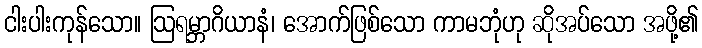
ငါးပါးကုန်သော။ ဩရမ္ဘာဂိယာနံ၊ အောက်ဖြစ်သော ကာမဘုံဟု ဆိုအပ်သော အဖို့၏